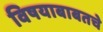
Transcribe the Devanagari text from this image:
विषयाबाबतचे